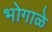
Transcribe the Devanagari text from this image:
भोगाळे